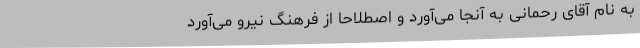
به نام آقای رحمانی به آنجا می‌آورد و اصطلاحا از فرهنگ نیرو می‌آورد